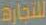
للتجارة